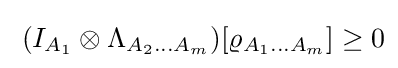
\;(I_{A_{1}}\otimes \Lambda _{A_{2}\ldots A_{m}})[\varrho _{A_{1}\ldots A_{m}}]\geq 0